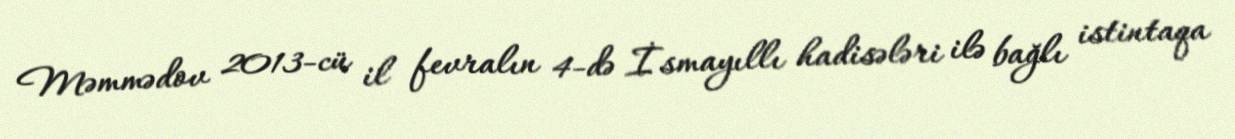
Məmmədov 2013-cü il fevralın 4-də İsmayıllı hadisələri ilə bağlı istintaqa